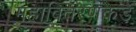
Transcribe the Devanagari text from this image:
महावितरणकडे